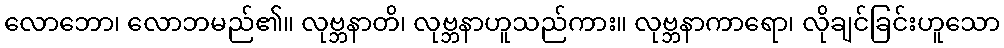
လောဘော၊ လောဘမည်၏။ လုဗ္ဘနာတိ၊ လုဗ္ဘနာဟူသည်ကား။ လုဗ္ဘနာကာရော၊ လိုချင်ခြင်းဟူသော